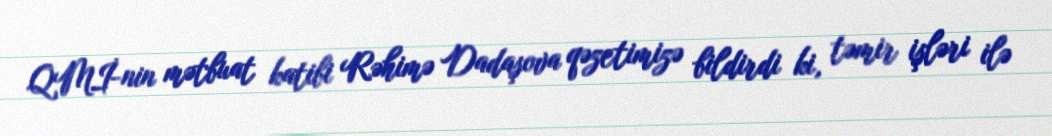
QMİ-nin mətbuat katibi Rəhimə Dadaşova qəzetimizə bildirdi ki, təmir işləri ilə